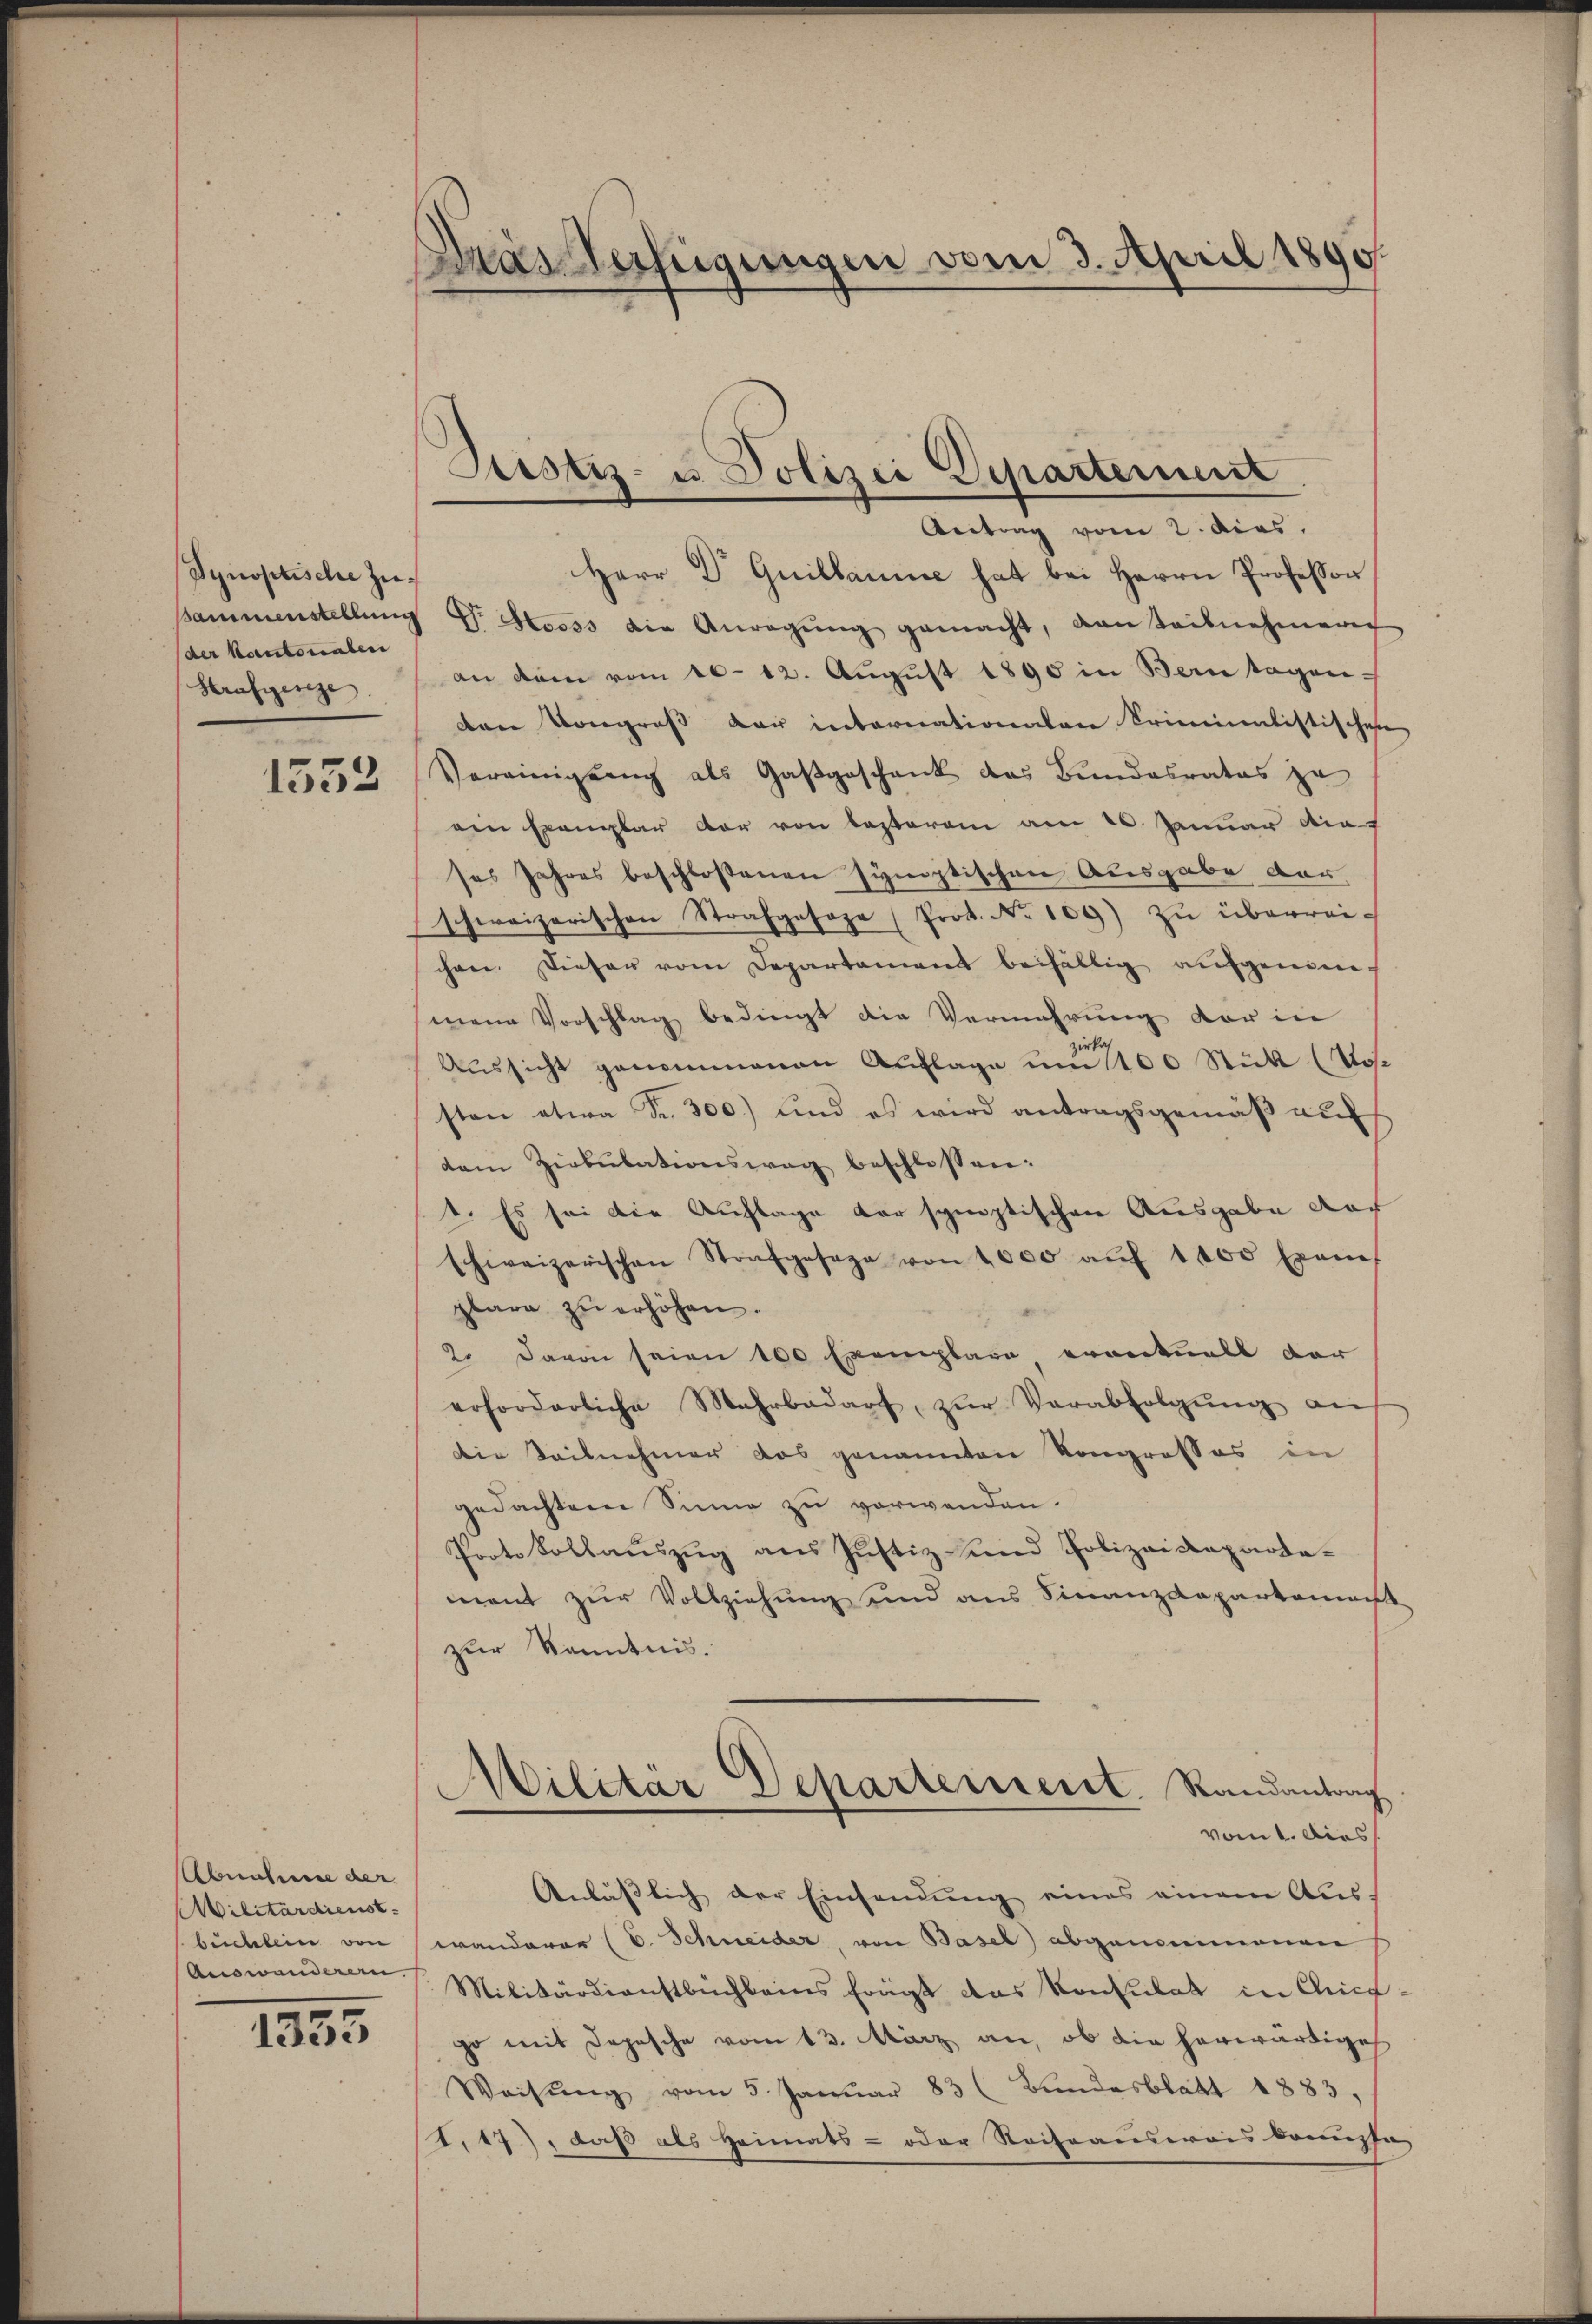
Synoptische Zu¬
Bammenstellung
der Kantonalen
Strafgerege

1552

Abnahme der
Militärdienst
bichlein von
Answanderen.

1353

drasterfügungen vom 3. April 1890.

Justiz- u. Polizei Departement

Antrag vom 2. dies
Herr Dr Guillaume hat bei Herrn Professor
Dr. Stooss die Anregŭng gemacht, von teilnehmerer
an dem vom 20. 12. Aŭgŭst 1890 in Bern tagen-
den Kongreß der internationalen kriminalistischehe
Vereinigung als Gastgeschank das Bundesrates zu
ain Exemplar der von besterem am 20. Januar die
ses Jahres beschloßenen symptischen Ausgabe der
schweizerischen Strafgesage (Prot. No 109) zu überrei-
chen. Dieser vom Departament beifältig aufgenommene Vorschlag bedingt die Vermehrung der in
Aussicht genommenen Auflage und 100 Stück (Vossten etwa Fr. 300.) und es wird antragsgemäß auf
dem Zirkulationsweg beschlossen:
1. Es sei die Auflage der synoptischen Ausgabe dar
schweizerischen Strafgesage von 1000 aŭf 1000 Exame
plare zŭ erhöhen.
2. davon seien 100 Exemplare eventuell dar
erforderliche Mehrbedarf, zŭr Verabfolgŭng an
die Teilnehmer das genannten Kongresses in
gedachtem Sinne zu verwenden.
Protokollauszug aus Justiz- und Polizeidepartamant zur Vollziehung und aus Finanzdepartement
zur Kenntnis.
d
Militär Departerreist. Randantrag
vom 1. Dies
Anläβlich der Einsendŭng eines einem Aŭs-
wanderer (C. Schneider, von Basel abgenommenen
Militärdienstbuchbeins frägt das Konsulat in Chicgo mit Depesche vom 13. März an, ob die herwärtige
Weisŭng vom 5. Janŭar 183 (Bundesblatt 1883,
.17), daß als Heimats- oder Reiseausweis kommisse